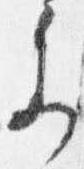
参